King Institute of Preventive Medicine Micro-Biological Section reports 1909-11
Year: 1909
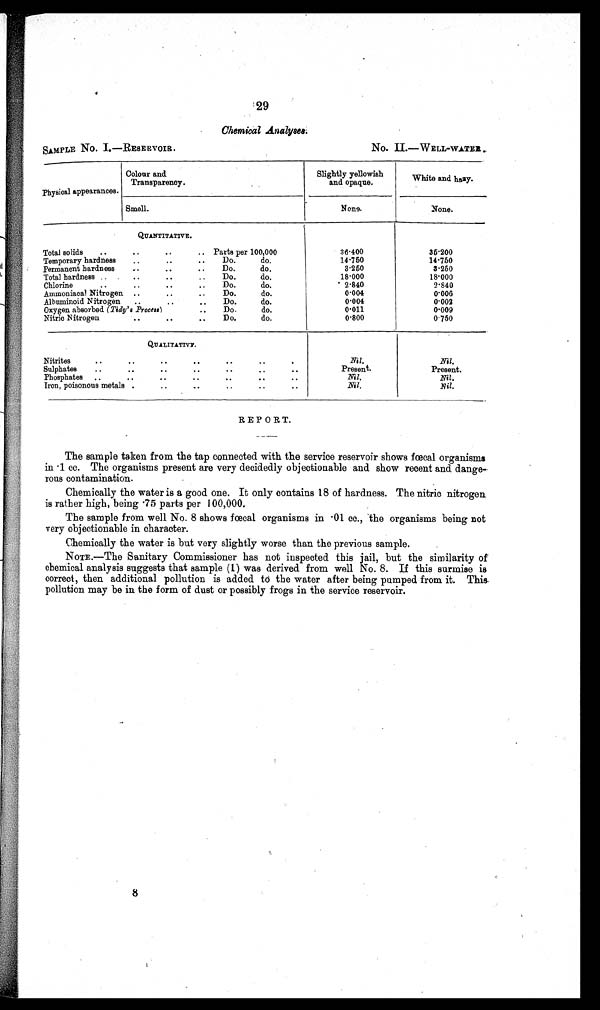
29
Chemical Analyses.
No. II.—WELL-WATER.
SAMPLE No. I.—RESERVOIR.
Physical appearances.
Colour and
Transparency.
Slightly yellowish
and opaque.
White and hazy.
Smell.
None.
None.
QUANTITATIVE.
..
Total solids..
..
.. Parts per 100,000
36.400
35.200
Temporary hardness..
..
Do.
do.
14.750
1 4 . 7 5 0
Permanent hardness
. .
Do.
do.
3.250
3.250
Total hardness ..
..
..
Do.
do.
18.000
18.000
Chlorine
....
..
Do.
do.
2.840
2.840
.
.
Ammoniacal Nitrogen....
Do.
do.
0.004
0.006
Albuminoid Nitrogen ....
..
Do.
do.
0.004
0.002
Oxygen absorbed (Tidy's Process)
..
Do.
do.
0 . 0 1 1
0.009
Nitric Nitrogen
. . .. ..
Do.
do.
0.800
0.750
QUALITATIVE.
Nitrites
.. .. .. .. .. ..
Nil.
Nil.
Sulphates
..
..
..
. . .. ..
Present.
Present.
Phosphates ..
..
..
..
..
..
Nil.
Nil.
Iron, poisonous metals
Nil.
Nil.
REPORT.
The sample taken from the tap connected with the service reservoir shows fœcal organisms
in .1 cc. The organisms present are very decidedly objectionable and show recent and dange-
rous contamination.
Chemically the water is a good one. It only contains 18 of hardness. The nitric nitrogen
is rather high, being .75 parts per 100,000.
The sample from well No. 8 shows fœcal organisms in .01 cc., the organisms being not
very objectionable in character.
Chemically the water is but very slightly worse than the previous sample.
NOTE.—The Sanitary Commissioner has not inspected this jail, but the similarity of
chemical analysis suggests that sample (1) was derived from well No. 8. If this surmise is
correct, then additional pollution is added to the water after being pumped from it. This
pollution may be in the form of dust or possibly frogs in the service reservoir.